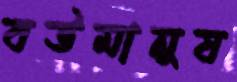
বউমানুষ